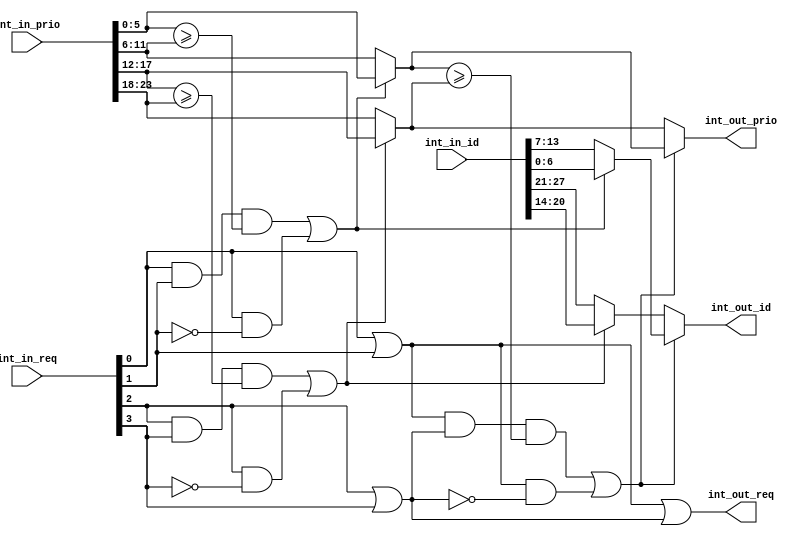
// This program was cloned from: https://github.com/T-head-Semi/openc910
// License: Apache License 2.0

/*Copyright 2019-2021 T-Head Semiconductor Co., Ltd.

Licensed under the Apache License, Version 2.0 (the "License");
you may not use this file except in compliance with the License.
You may obtain a copy of the License at

    http://www.apache.org/licenses/LICENSE-2.0

Unless required by applicable law or agreed to in writing, software
distributed under the License is distributed on an "AS IS" BASIS,
WITHOUT WARRANTIES OR CONDITIONS OF ANY KIND, either express or implied.
See the License for the specific language governing permissions and
limitations under the License.
*/
module plic_granu2_arb(
  int_in_id,
  int_in_prio,
  int_in_req,
  int_out_id,
  int_out_prio,
  int_out_req
);
parameter ID_NUM    = 7;
parameter PRIO_BIT  = 6;
// &Ports; @28
input   [ID_NUM*4-1  :0]  int_in_id;      
input   [PRIO_BIT*4-1:0]  int_in_prio;    
input   [3 :0]            int_in_req;     
output  [ID_NUM-1 :0]       int_out_id;     
output  [PRIO_BIT-1 :0]     int_out_prio;   
output                    int_out_req;    

// &Regs; @29

// &Wires; @30
wire    [ID_NUM-1 :0]  int_01_id;      
wire            int_01_out;     
wire    [PRIO_BIT-1 :0]  int_01_prio;    
wire            int_01_sel_0;   
wire    [PRIO_BIT-1 :0]  int_0_req_prio; 
wire    [PRIO_BIT-1 :0]  int_1_req_prio; 
wire    [ID_NUM-1 :0]  int_23_id;      
wire            int_23_out;     
wire    [PRIO_BIT-1 :0]  int_23_prio;    
wire            int_23_sel_2;   
wire    [PRIO_BIT-1 :0]  int_2_req_prio; 
wire    [PRIO_BIT-1 :0]  int_3_req_prio; 
wire    [3 :0]  int_in_req;     
wire            int_lst_sel_01; 
wire    [ID_NUM-1 :0]  int_out_id;     
wire    [PRIO_BIT-1 :0]  int_out_prio;   
wire            int_out_req;    
wire    [PRIO_BIT-1 :0]  int_sel_01_prio; 
wire    [PRIO_BIT-1 :0]  int_sel_23_prio; 
wire    [ID_NUM-1:0]   int_0_id;
wire    [ID_NUM-1:0]   int_1_id;
wire    [ID_NUM-1:0]   int_2_id;
wire    [ID_NUM-1:0]   int_3_id;

assign int_0_req_prio[PRIO_BIT-1:0]  =  int_in_prio[PRIO_BIT-1:0];
assign int_1_req_prio[PRIO_BIT-1:0]  =  int_in_prio[2*PRIO_BIT-1:PRIO_BIT];
assign int_2_req_prio[PRIO_BIT-1:0]  =  int_in_prio[3*PRIO_BIT-1:2*PRIO_BIT];
assign int_3_req_prio[PRIO_BIT-1:0]  =  int_in_prio[4*PRIO_BIT-1:3*PRIO_BIT];
assign int_0_id[ID_NUM-1:0]          =  int_in_id[ID_NUM-1:0];
assign int_1_id[ID_NUM-1:0]          =  int_in_id[2*ID_NUM-1:ID_NUM];
assign int_2_id[ID_NUM-1:0]          =  int_in_id[3*ID_NUM-1:2*ID_NUM];
assign int_3_id[ID_NUM-1:0]          =  int_in_id[4*ID_NUM-1:3*ID_NUM];
assign int_01_sel_0         = ((int_in_req[0] && int_in_req[1]) 
				&& (int_0_req_prio[PRIO_BIT-1:0] >= int_1_req_prio[PRIO_BIT-1:0])) 
                            || (int_in_req[0] && !int_in_req[1]);
assign int_23_sel_2         = ((int_in_req[2] && int_in_req[3]) 
				&& (int_2_req_prio[PRIO_BIT-1:0] >= int_3_req_prio[PRIO_BIT-1:0]))
                            || (int_in_req[2] && !int_in_req[3]);

assign int_01_out           = int_in_req[0] || int_in_req[1];
assign int_01_prio[PRIO_BIT-1:0]     =  int_01_sel_0 ? int_0_req_prio[PRIO_BIT-1:0]
                                                     : int_1_req_prio[PRIO_BIT-1:0];
assign int_01_id[ID_NUM-1:0]       = int_01_sel_0 ? int_0_id[ID_NUM-1:0]
                                                   : int_1_id[ID_NUM-1:0];                   
assign int_23_out           = int_in_req[2] || int_in_req[3];
assign int_23_prio[PRIO_BIT-1:0]     = int_23_sel_2 ? int_2_req_prio[PRIO_BIT-1:0]
                                                    : int_3_req_prio[PRIO_BIT-1:0];
assign int_23_id[ID_NUM-1:0]       = int_23_sel_2 ? int_2_id[ID_NUM-1:0]
                                                  : int_3_id[ID_NUM-1:0]; 

assign int_sel_01_prio[PRIO_BIT-1:0]        = int_01_prio[PRIO_BIT-1:0]; 
assign int_sel_23_prio[PRIO_BIT-1:0]        = int_23_prio[PRIO_BIT-1:0];
assign int_lst_sel_01              = ((int_01_out && int_23_out) 
			             && (int_sel_01_prio[PRIO_BIT-1:0] >= int_sel_23_prio[PRIO_BIT-1:0]))
                                   ||(int_01_out && !int_23_out);

assign int_out_req             = int_01_out || int_23_out;
assign int_out_prio[PRIO_BIT-1:0]       = int_lst_sel_01 ? int_01_prio[PRIO_BIT-1:0]
                                                : int_23_prio[PRIO_BIT-1:0];
assign int_out_id[ID_NUM-1:0]         = int_lst_sel_01 ? int_01_id[ID_NUM-1:0]
                                                       : int_23_id[ID_NUM-1:0];                                               
// &ModuleEnd; @60
endmodule